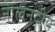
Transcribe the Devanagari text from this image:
नीलनदीय